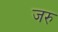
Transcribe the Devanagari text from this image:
जरु